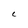
Character: C